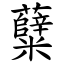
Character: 糵